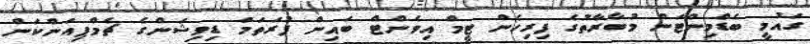
ގައުމީ ބެޑްމިންޓަން މުބާރާތުގެ ފިރިހެން ޓީމް އިވެންޓް ބައިން ފުރަތަމަ ޑިވިޝަންގެ ޗެމްޕިއަންކަން